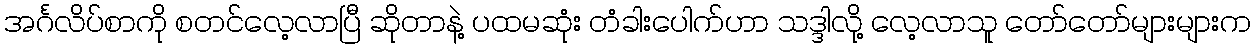
အင်္ဂလိပ်စာကို စတင်လေ့လာပြီ ဆိုတာနဲ့ ပထမဆုံး တံခါးပေါက်ဟာ သဒ္ဒါလို့ လေ့လာသူ တော်တော်များများက